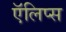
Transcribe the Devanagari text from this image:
ऍलिप्स